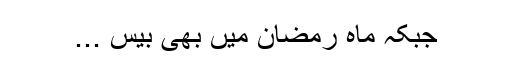
جبکہ ماہ رمضان میں بھی بیس ...